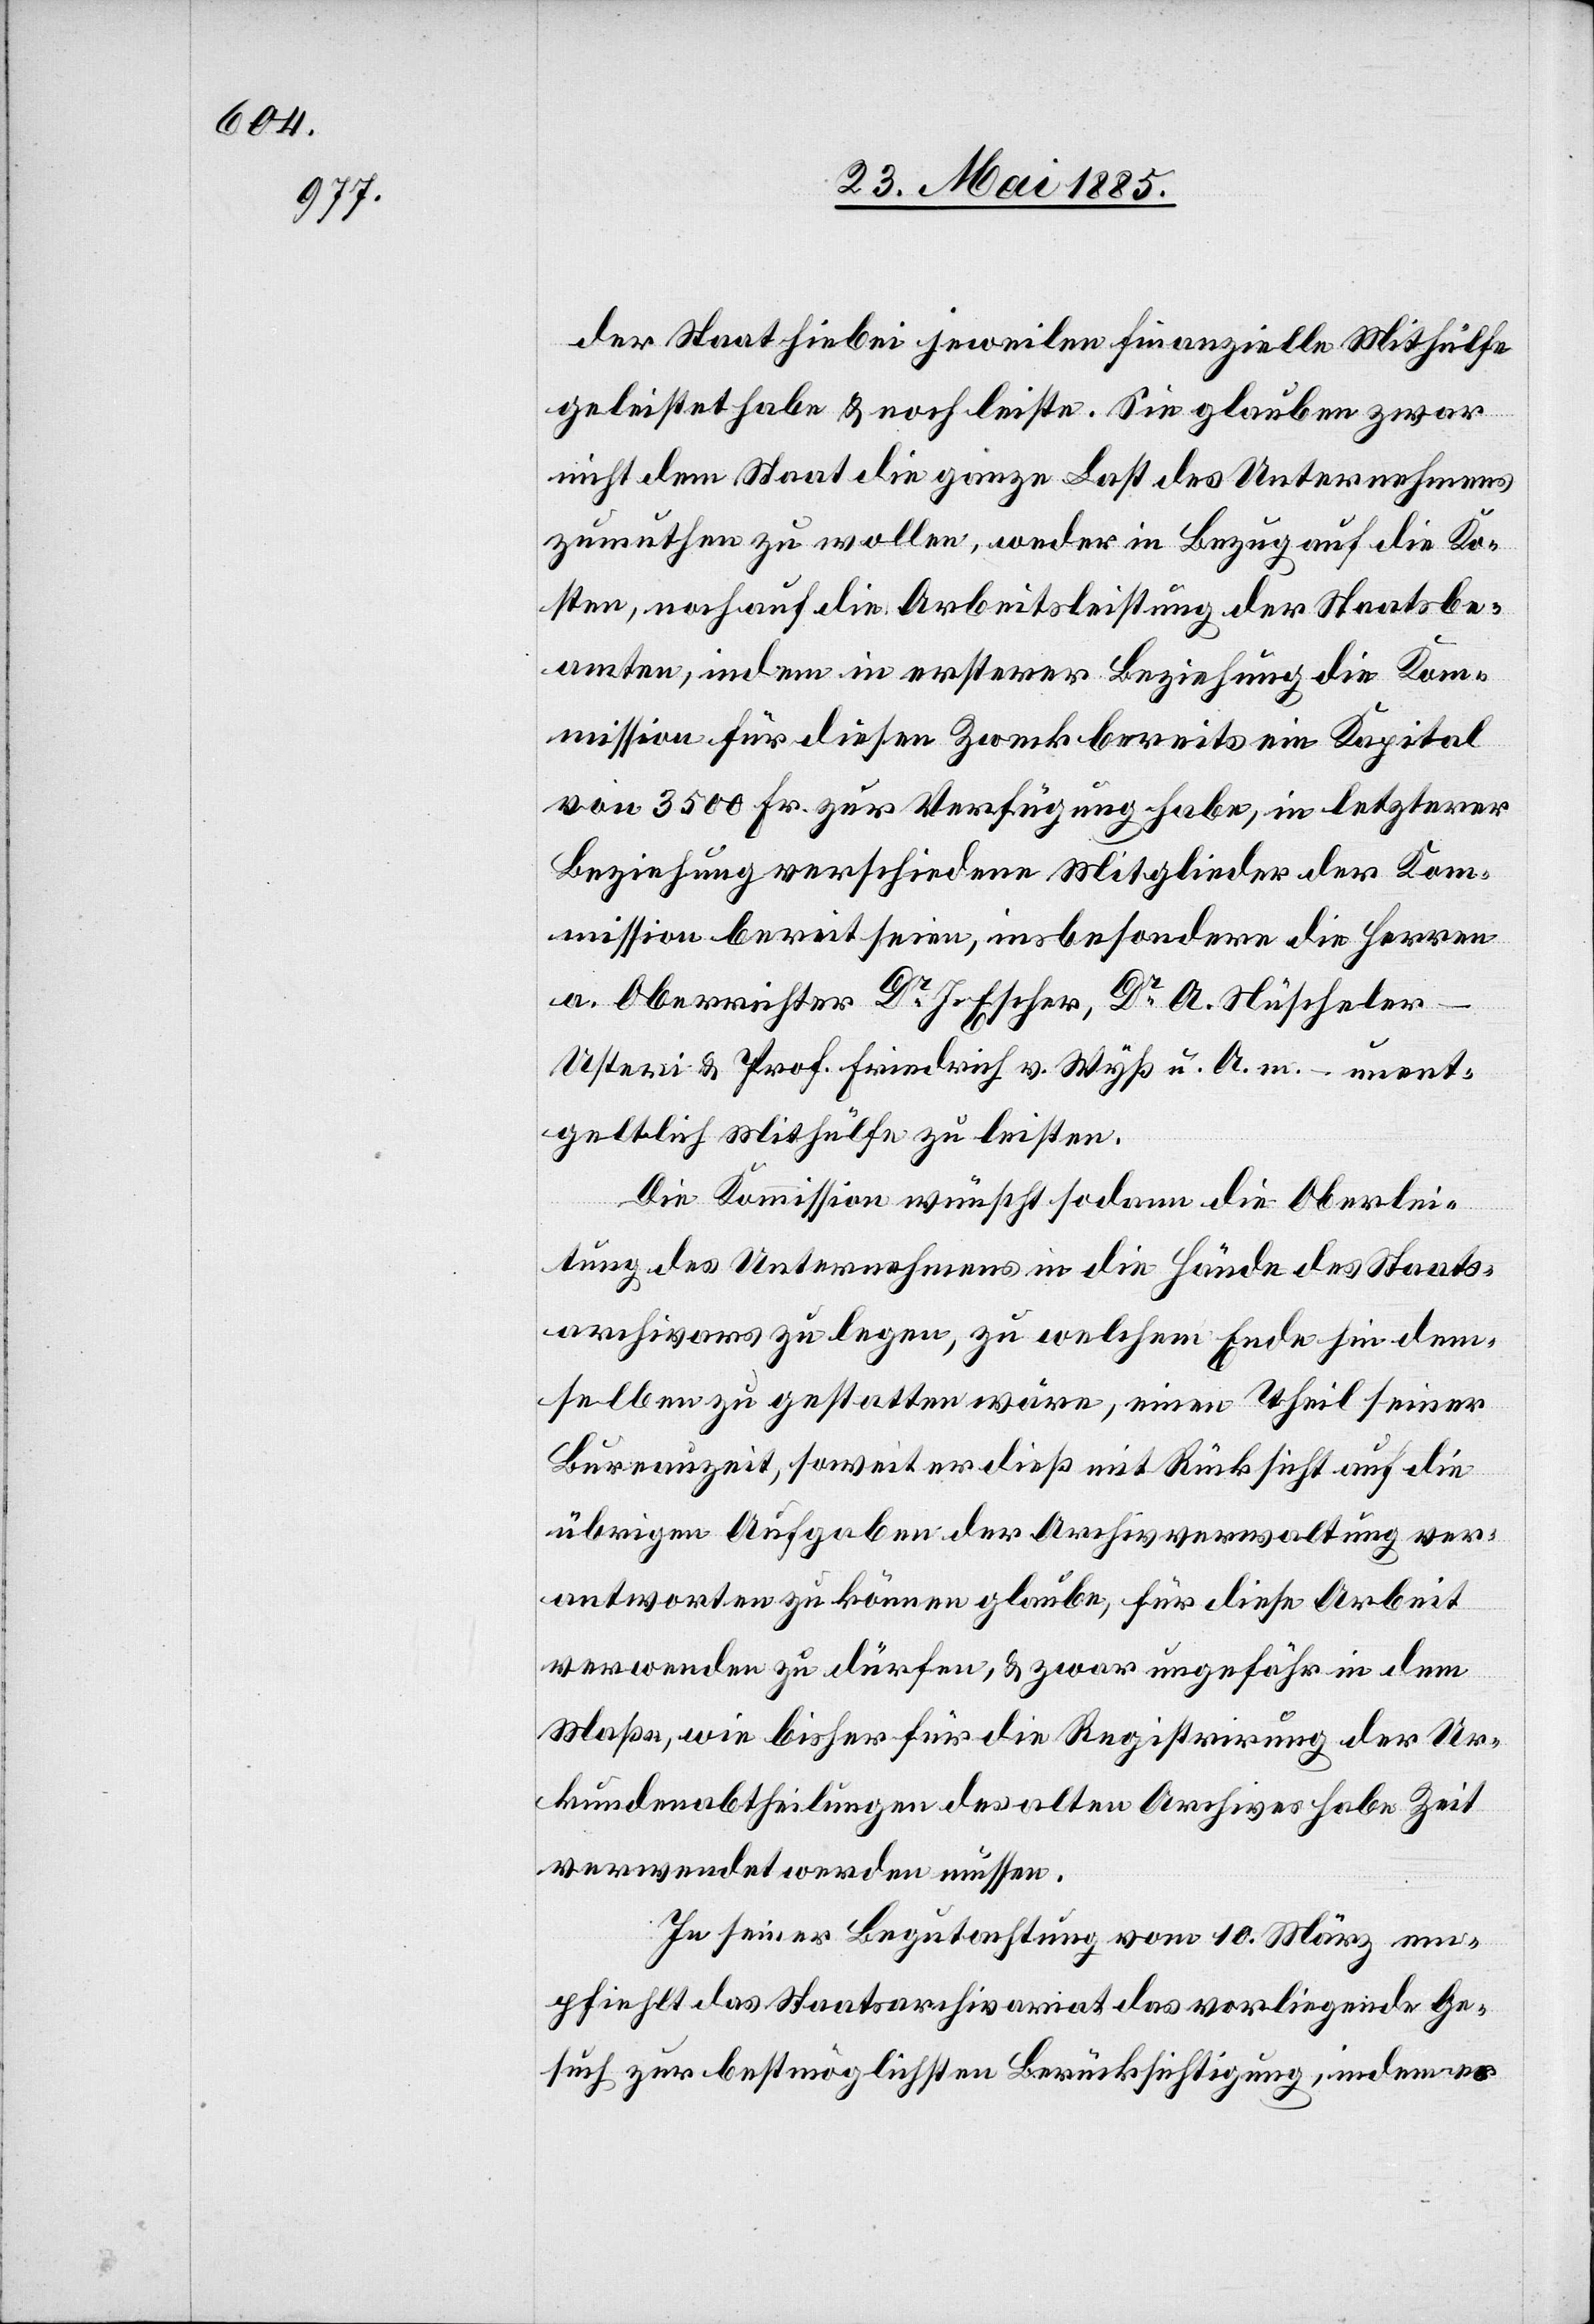
der Staat hiebei jeweilen finanzielle Mithülfe
geleistet habe & noch leiste. Sie glauben zwar
nicht dem Staat die ganze Last des Unternehmens
zumuthen zu wollen, weder in Bezug auf die Ko¬
sten, noch auf die Arbeitsleistung der Staatsbe¬
amten, indem in ersterer Beziehung de Kom¬
mission für diesen Zweck bereits ein Kapital
von 3500 Fr. zur Verfügung habe, in letzterer
Beziehung verschiedene Mitglieder der Kom¬
mission bereit seien, insbesondere die Herren
a. Oberrichter Dr. J. Escher, Dr. A. Nüscheler-U¬
steri & Prof. Friedrich v. Wyß u. A. m. – unent¬
geltlich Mithülfe zu leisten.
Die Kommission wünscht sodann die Oberlei¬
tung des Unternehmens in die Hände des Staats¬
archivars zu legen, zu welchem Ende hin dem¬
selben zu gestatten wäre, einen Theil seiner
Bureauzeit, soweit er dieß mit Rücksicht auf die
übrigen Aufgaben der Archivverwaltung ver¬
antworten zu können glaube, für diese Arbeit
verwenden zu dürfen, & zwar ungefähr in dem
Maße, wie bisher für die Registrirung der Ur¬
kundenabtheilungen des alten Archives habe Zeit
verwendet werden müssen.
In seiner Begutachtung vom 10. März em¬
pfiehlt das Staatsarchivariat das vorliegende Ge¬
such zur bestmöglichsten Berücksichtigung, indem es